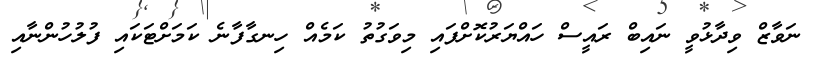
ނަވާޒް ވިދާޅުވީ ނައިބް ރައީސް ހައްޔަރުކޮށްފައި މިވަގުތު ކަމެއް ހިނގާފާނެ ކަމަށްޓަކައި ފުލުހުންނާއި